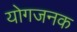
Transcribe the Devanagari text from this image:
योगजनक